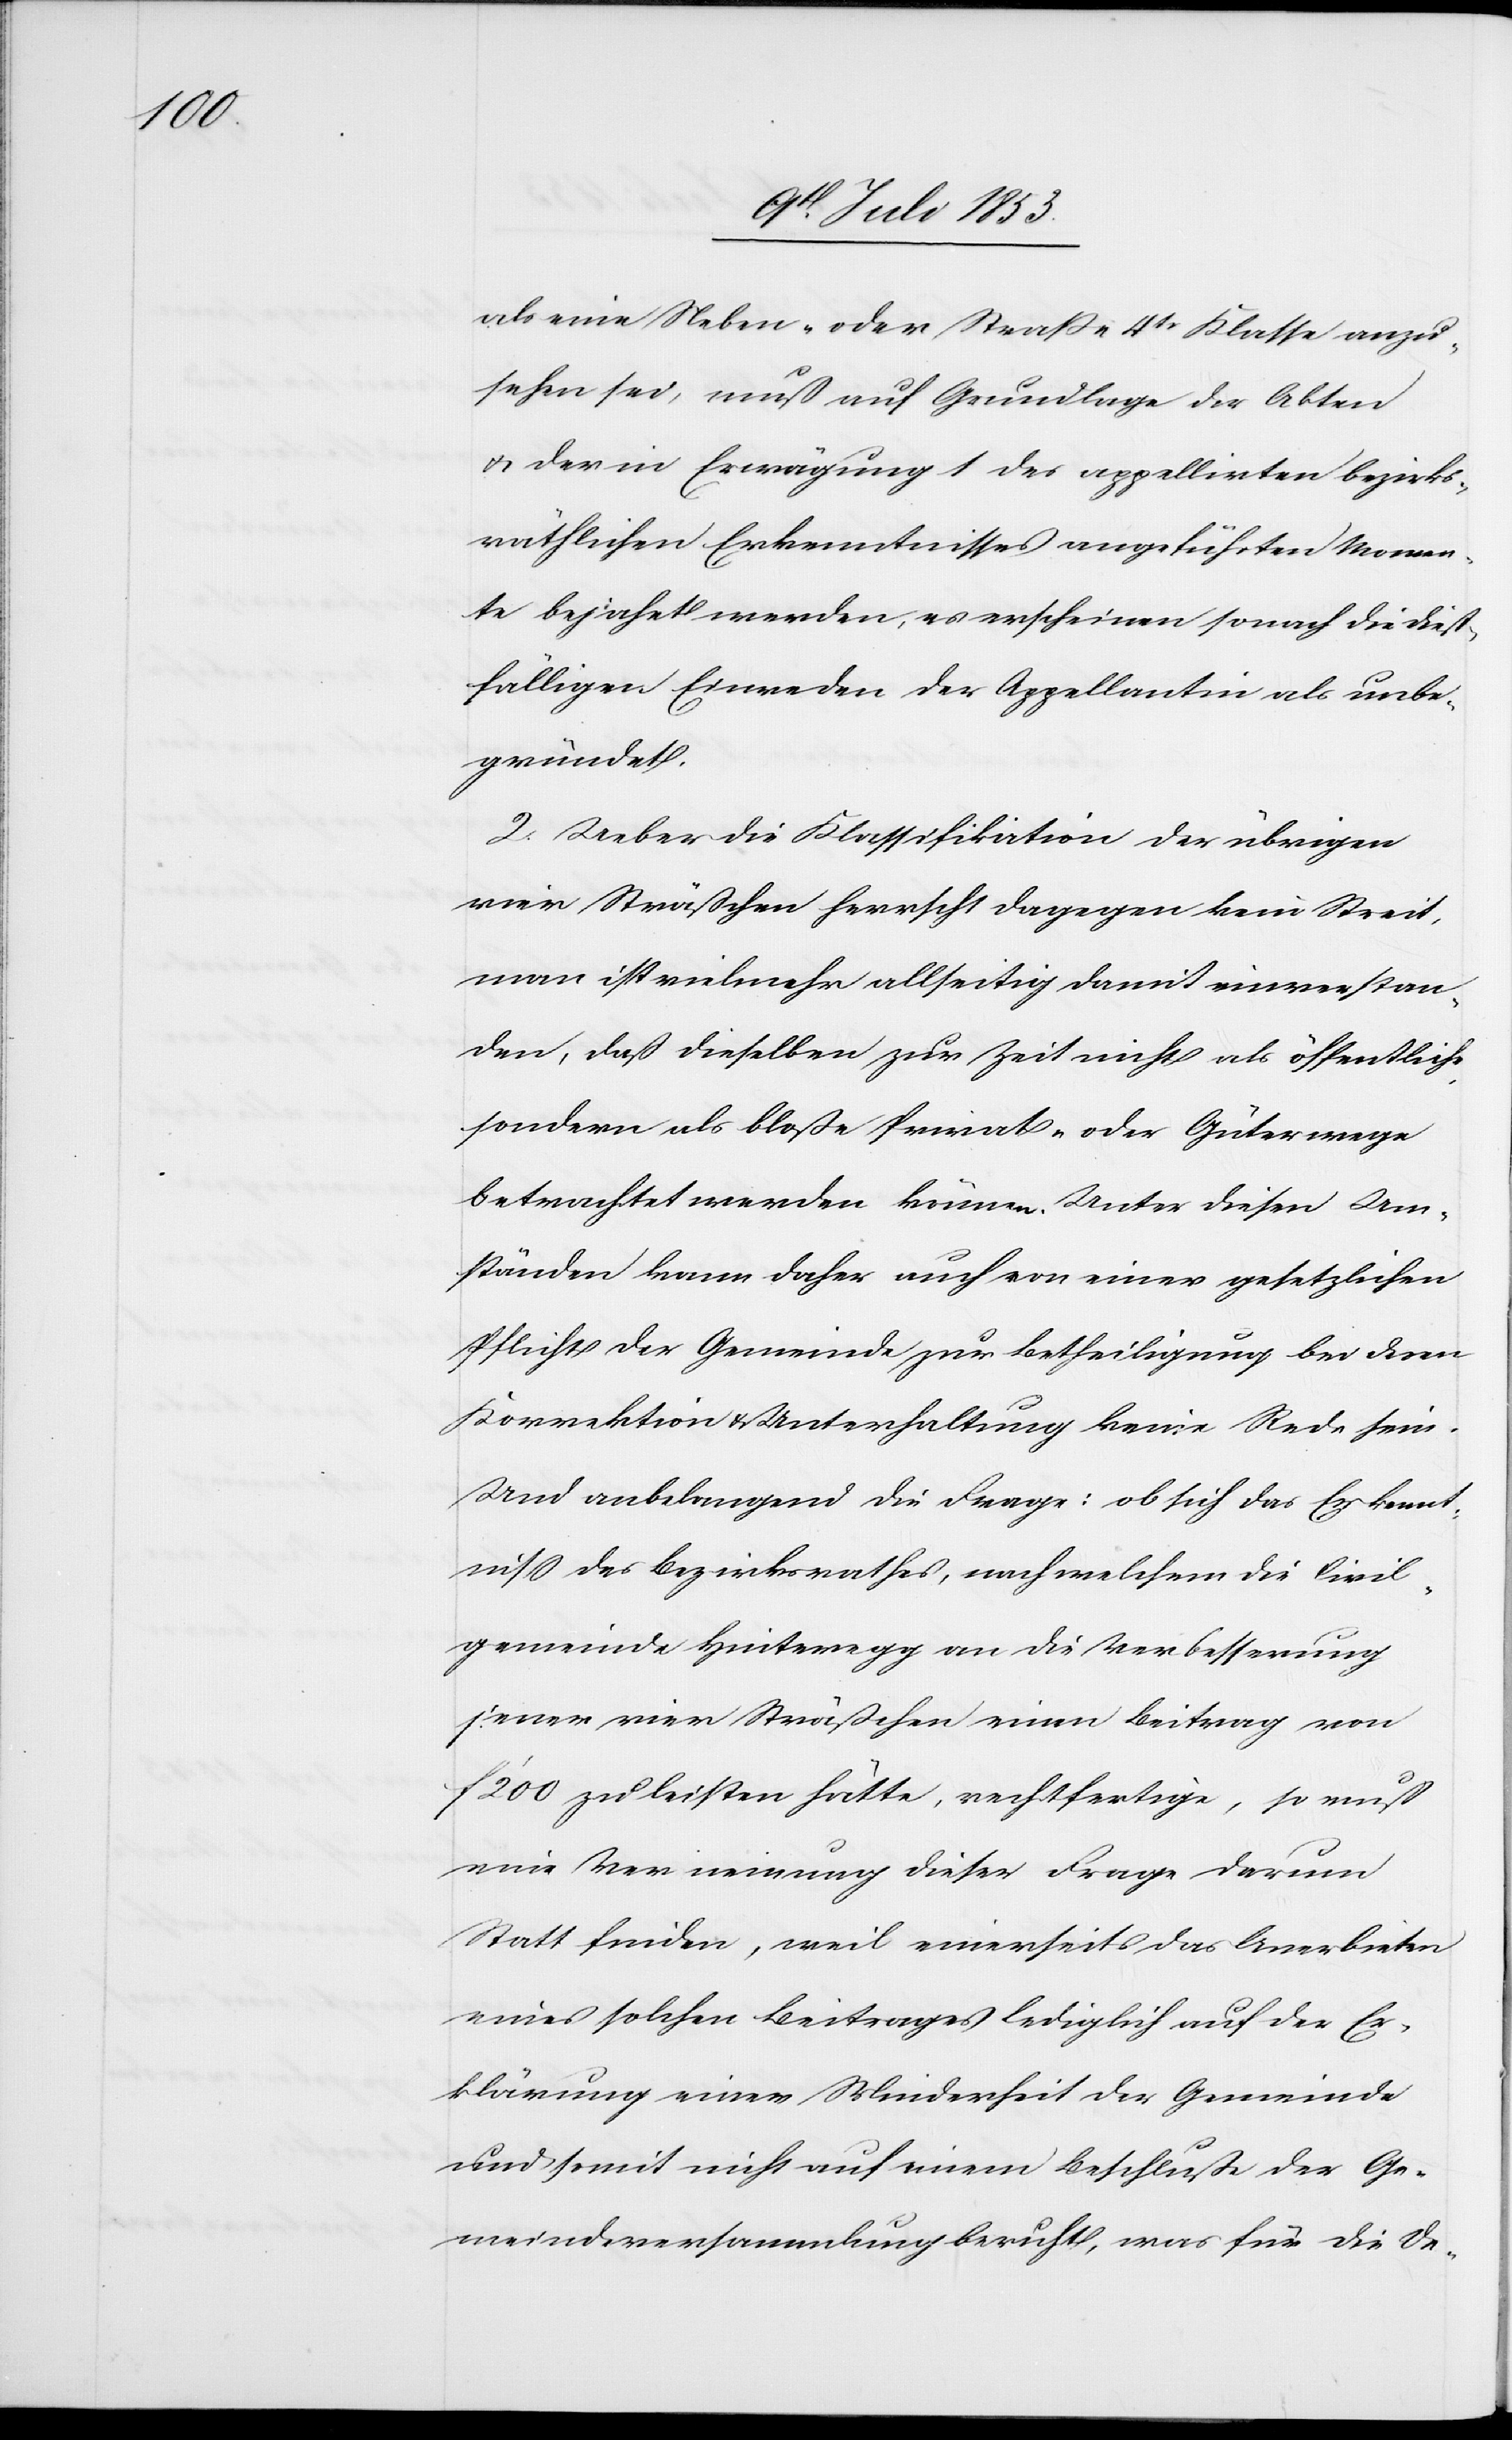
als eine Neben- oder Straße 4tr Klasse anzu¬
sehen sei, muß auf Grundlage der Akten
u. der in Erwägung 1 des appellirten bezirks¬
räthlichen Erkenntnisses angeführten Momen¬
te bejahet werden, es erscheinen sonach die dieß¬
fälligen Einreden der Appellantin als unbe¬
gründet.
2, Ueber die Klassifikation der übrigen
vier Sträßchen herrscht dagegen kein Streit,
man ist vielmehr allseitig damit einverstan¬
den, daß dieselben zur Zeit nicht als öffentliche
sondern als bloße Privat- oder Güterwege
betrachtet werden können. Unter diesen Um¬
ständen kann daher auch von einer gesetzlichen
Pflicht der Gemeinde zur Betheiligung bei deren
Korrektion u. Unterhaltung keine Rede sein.
Und anbelangend die Frage: ob sich das Erkennt¬
niß des Bezirksrathes, nach welchem die Civil¬
gemeinde Hinteregg an die Verbesserung
jener vier Sträßchen einen Beitrag von
f 200 zu leisten hätte, rechtfertige, so muß
eine Verneinung dieser Frage darum
Statt finden, weil einerseits das Anerbieten
eines solchen Beitrages lediglich auf der Er¬
klärung einer Minderheit der Gemeinde
und somit nicht auf einen Beschluße der Ge¬
meindsversammlung beruht, was für die De-